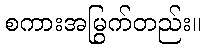
စကားအမြွက်တည်း။